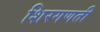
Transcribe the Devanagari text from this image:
शिरगणती